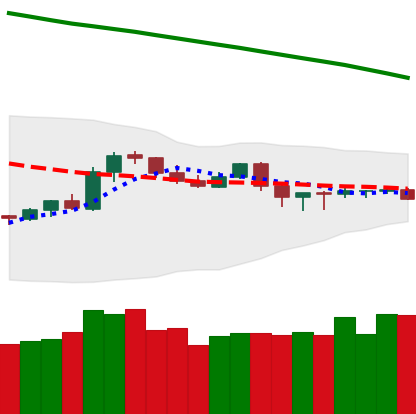
Ticker: TRX-USD
Chart end date: 2019-10-22
Forward return: 25.769%
Label: up_7plus